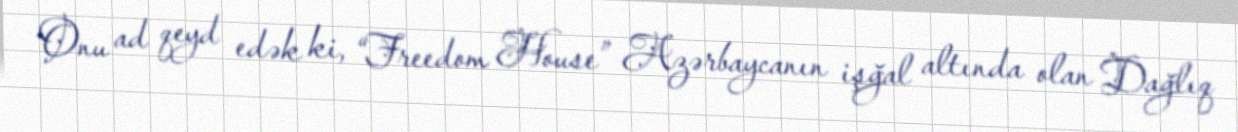
Onu ad qeyd edək ki, “Freedom House” Azərbaycanın işğal altında olan Dağlıq